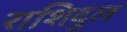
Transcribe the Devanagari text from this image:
राशिदुल